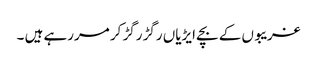
غریبوں کے بچے ایڑیاں رگڑ رگڑ کر مررہے ہیں ۔